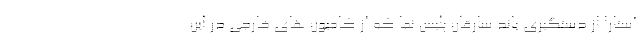
آستارا از دستگیری باند سارقان پلیس نما که از کامیون های خارجی در این